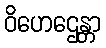
ဝိဟေဌေန္တာ